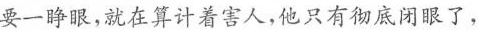
要一睁眼，就在算计着害人，他只有彻底闭眼了，